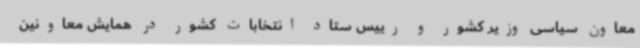
معاون سیاسی وزیر کشور و رییس ستاد انتخابات کشور در همایش معاونین